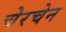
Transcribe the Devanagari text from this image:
चेरचेन